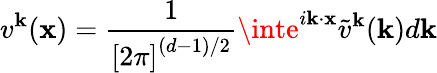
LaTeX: v^{\mathbf{k}}(\mathbf{{x}})=\frac{{1}}{{\left[2\pi\right]^{(d-1)/2}}}\inte^{i\mathbf{{\mathbf{k}}}\cdot\mathbf{{x}}}\tilde{{v}}^{\mathbf{k}}(\mathbf{{\mathbf{k}}})d\mathbf{{\mathbf{k}}}